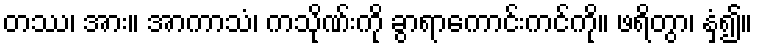
တဿ၊ အား။ အာကာသံ၊ ကသိုဏ်းကို ခွာရာကောင်းကင်ကို။ ဖရိတွာ၊ နှံ့၍။